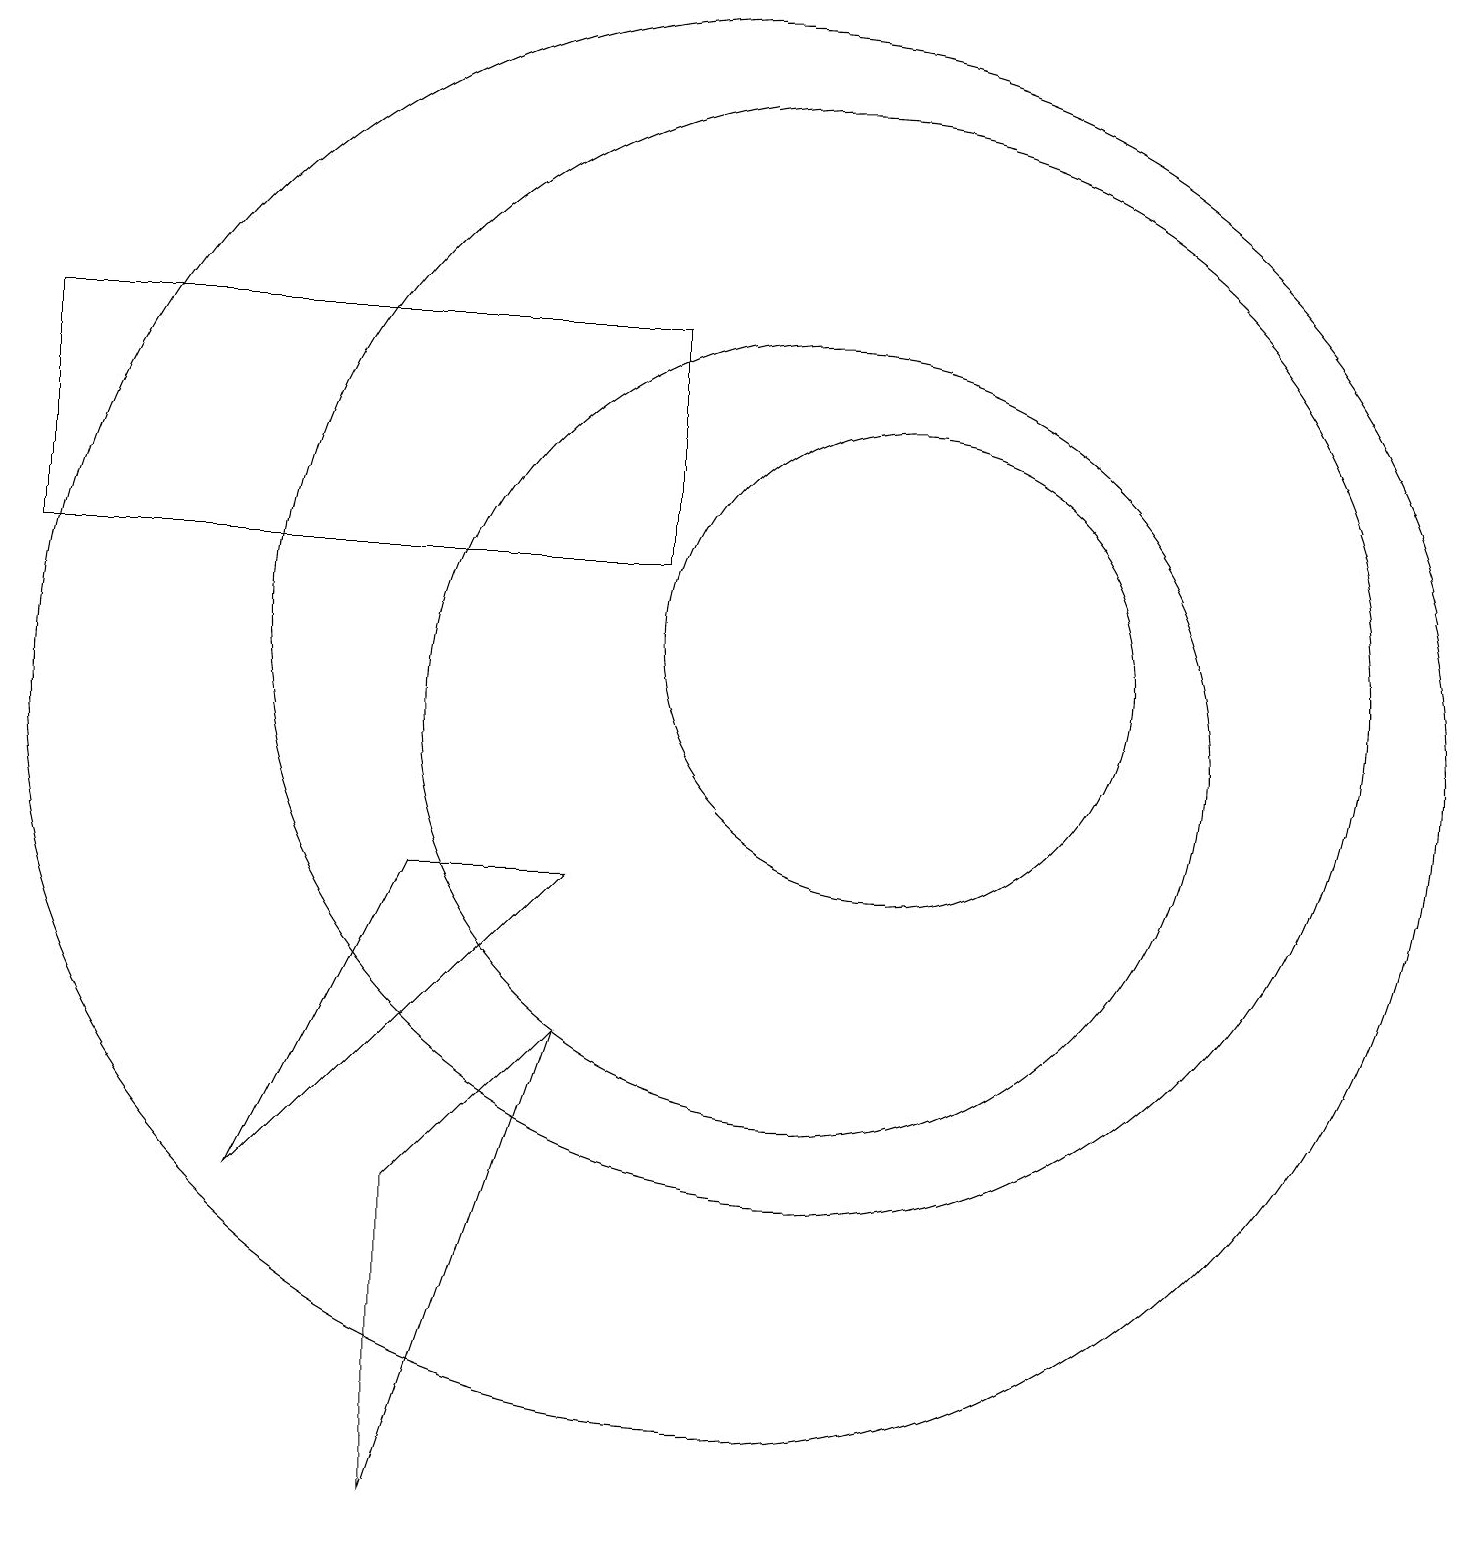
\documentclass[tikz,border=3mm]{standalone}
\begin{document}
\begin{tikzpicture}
\draw (11,11) circle (5);
\draw (10,11) circle (9);
\draw (4,5) -- (6,9) -- (8,9) -- cycle;
\draw (1,16) rectangle (9,13);
\draw (11,12) circle (7);
\draw (6,5) -- (8,7) -- (6,1) -- cycle;
\draw (12,12) circle (3);
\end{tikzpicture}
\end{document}